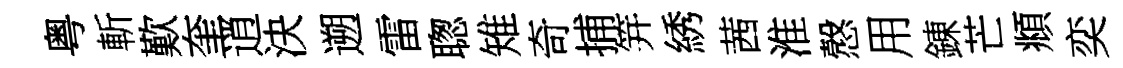
粤斬歎奎逍決遡雷聦雉奇捕笄綉茜淮慤用錬芒頫奕